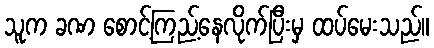
သူက ခဏ စောင့်ကြည့်နေလိုက်ပြီးမှ ထပ်မေးသည်။